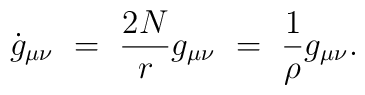
\dot{g}_{\mu\nu}~=~{2N \over r} g_{\mu\nu}~=~{1 \over \rho} g_{\mu\nu}.